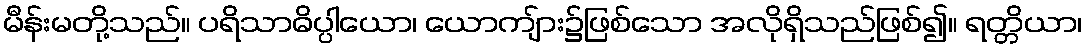
မီန်းမတို့သည်။ ပရိသာဓိပ္ပါယော၊ ယောကျ်ား၌ဖြစ်သော အလိုရှိသည်ဖြစ်၍။ ရတ္တိယာ၊